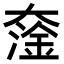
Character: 𡙯